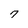
Character: 7